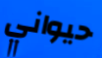
حيواني